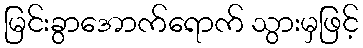
မြင်းခွာအောက်ရောက် သွားမှဖြင့်